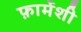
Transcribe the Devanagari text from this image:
फ़ार्मेशी